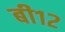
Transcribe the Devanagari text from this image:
बी१२